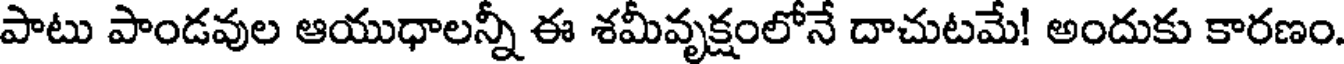
పాటు పాండవుల ఆయుధాలన్నీ ఈ శమీవృక్షంలోనే దాచుటమే! అందుకు కారణం.